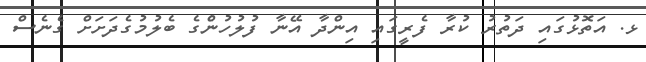
ޅ. އަތޮޅުގައި ދަތުރު ކުރާ ފެރީގައި އިންދާ އޭނާ ފުލުހުންެގެ ބެލުމުގެދަށަށް ގެނެސް